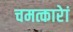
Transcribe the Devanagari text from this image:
चमत्कारेां